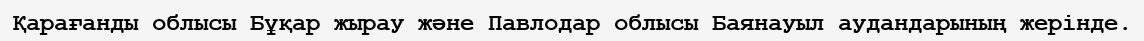
Қарағанды облысы Бұқар жырау және Павлодар облысы Баянауыл аудандарының жерінде.